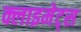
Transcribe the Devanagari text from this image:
क्लाइमेट्स